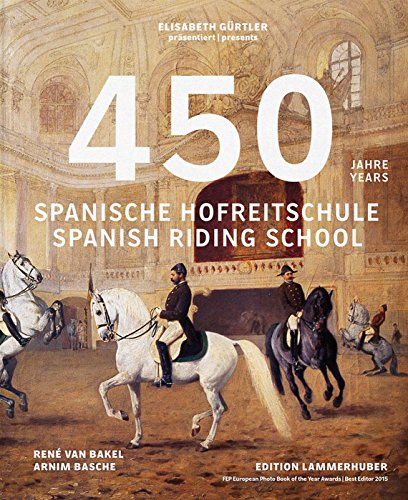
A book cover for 450 Years of the Spanish Riding School (English, French and German Edition); Elisabeth GÃ¼rtler; Arts & Photography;